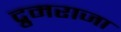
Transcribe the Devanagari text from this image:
द्रुमराजा